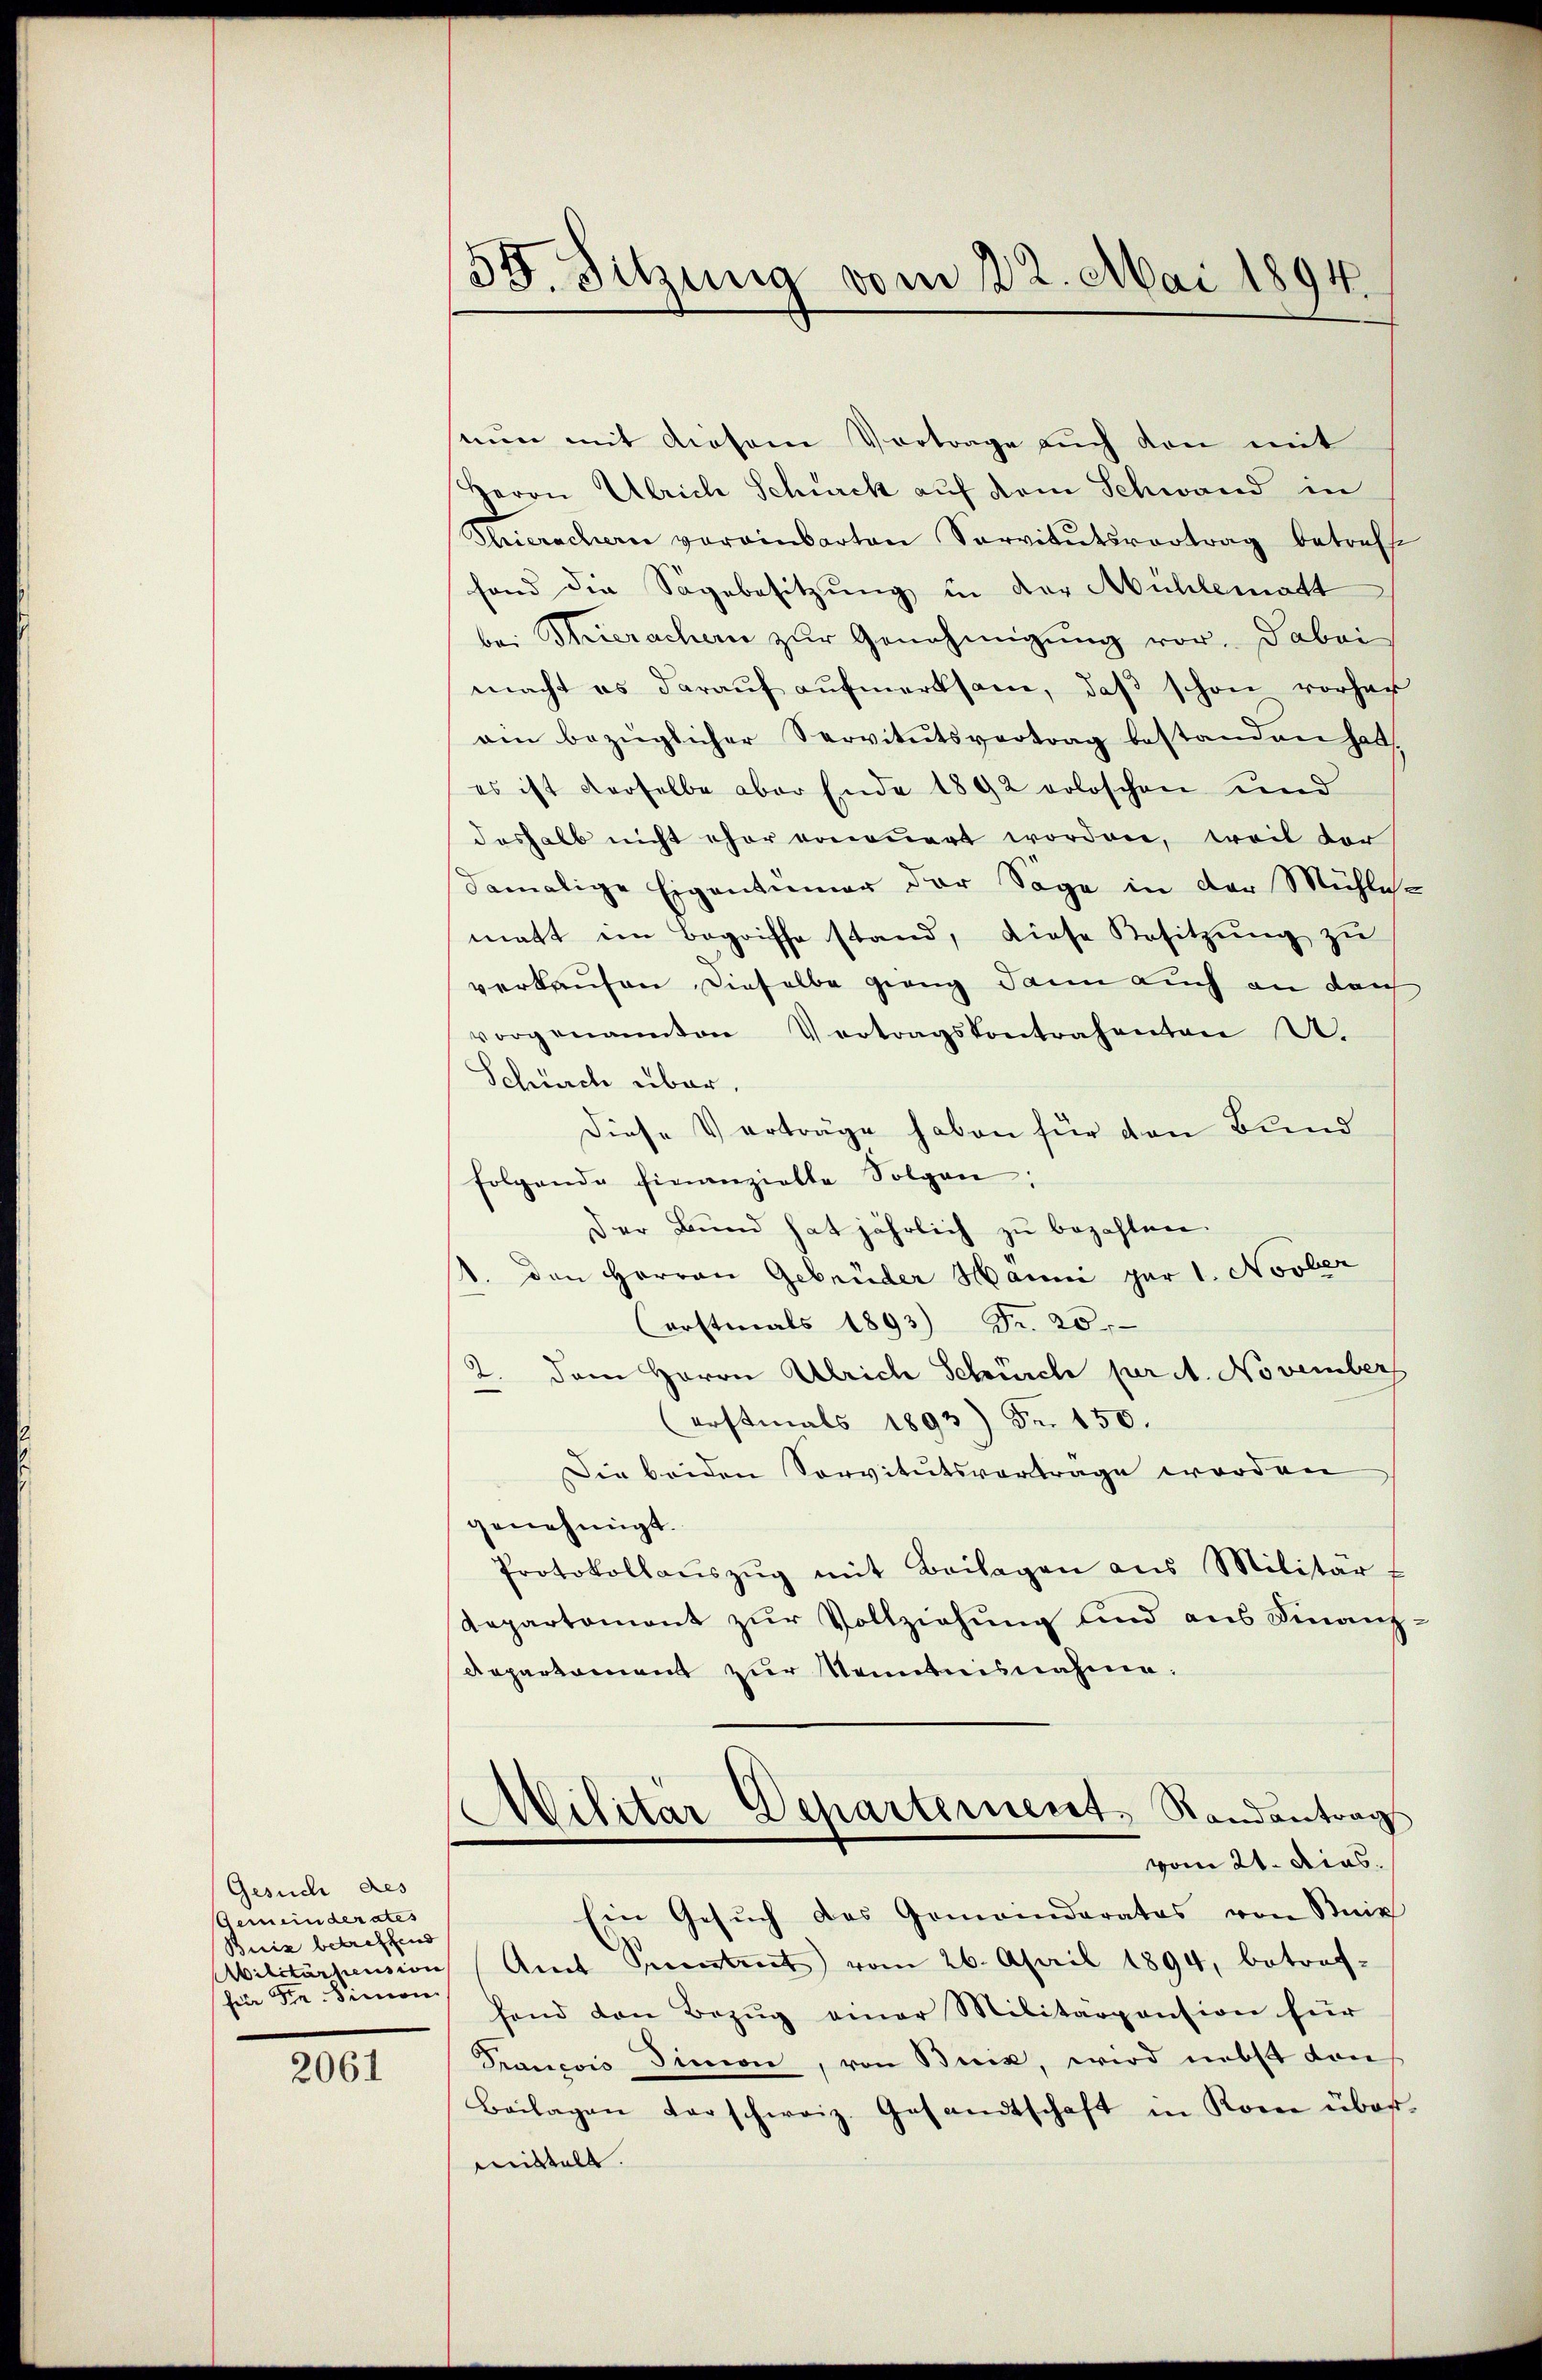
Gesuch des
Gemeinderates
Buiz betreffend
(für Fr. Sinne

2061

39. Sitzung vom 22. Mai 1894.

suum mit diesene Vortrage auch von mit
Herrn Ulrich Schurck auf dem Schwand in
Thierachern vereinbarten Servitŭtsvortrag betreffe
fond die Sagebesitzung in der Mühlematt
bei Thierachern zŭr Genehmigŭng vor. Dabei
macht es daraŭf aŭfmerksam, daβ schon vorher
ain bezüglicher Servitutsvertrag bestanden hat,
es ist derselbe aber Ende 1892 doloschen und
deshalb nicht eher voneuert worden, weil der
damalige Eigentümer der Säge in der Mühliche
matt im Begriffe stand, diese Besitzung zu
verkaufen dieselbe gieng dann auch an dar
vorgenannten Vertragskontrahenten A.
Schürch über.
Diese Verträge haben für den Bund
folgende finanzielle Folgen:
Der Bund hat jährlich zu bezahlen.
1. den Herren Gebrüder Hanni par 1. Novber
(erstmals 1893) Fr. 25.
2. Dem Herrn Ulrich Schürch per A. November
(erstmals 1893) Fr. 150.
Die beiden Servitutsvertrage worden
genehmigt.
Protokollaŭszŭg mit Beilagen aus Militär f
Departement zur Vollziehung und aus Finanz-
departement zur Nenntnisnahme.
Militär Departement. Standantrags
vom 21. Dies
Ein Gesŭch des Gemeinderates von Brie
.
Abilitärtension Amt Petent vom 26. April 1894, betref-
hend den Bezŭg einer Militärpension für
François Simon, von Brik, wird nebst dan
Beilagen derschweiz. Gesandtschaft in Rom über-
mittelt.